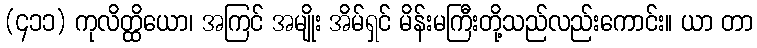
(၄၁၁) ကုလိတ္ထိယော၊ အကြင် အမျိုး အိမ်ရှင် မိန်းမကြီးတို့သည်လည်းကောင်း။ ယာ တာ